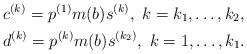
LaTeX: \begin{align*}&c^{(k)} = p^{(1)}m(b)s^{(k)},\ k = k_1, \ldots, k_2,\\&d^{(k)} = p^{(k)}m(b)s^{(k_2)}, \ k = 1, \ldots, k_1.\end{align*}